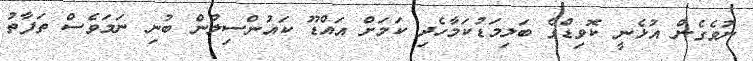
ނުވެގެން އުޅެނީ ކޮވިޑްގެ ބަލިމަޑުކަމާހެދި ކަމަށް އައްޑޫ ކައުންސިލުން ބުނި ނަމަވެސް ތަފާތު